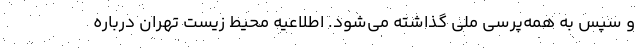
و سپس به همه‌پرسی ملی گذاشته می‌شود. اطلاعیه محیط زیست تهران درباره